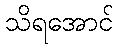
သိရအောင်